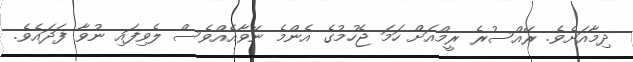
ދިމާއަށެވެ. ރޭއްސުރެ ރީމްއަށް ހަމަ ޖެހުމުގެ އެންމެ ނޭވާއެއްވެސް ލެވިފައި ނުވާ ފަދައެވެ.